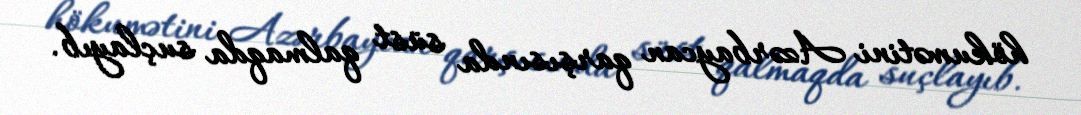
hökumətini Azərbaycan qarşısında süst qalmaqda suçlayıb.